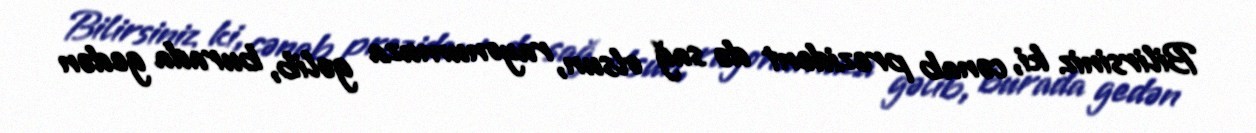
Bilirsiniz ki, cənab prezident də sağ olsun, rayonumuza gəlib, burada gedən